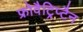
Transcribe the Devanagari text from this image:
फ्रोवैट्रिप्टैन